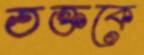
তক্‌তকে